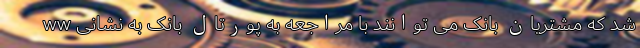
شد که مشتریان بانک می توانند با مراجعه به پورتال بانک به نشانی ww